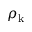
\rho _ { \mathrm { k } }